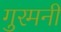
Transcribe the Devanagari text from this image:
गुरमनी